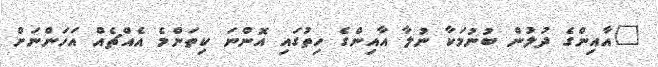
"އާއިންގެ ދުލުން ބުނުމަކާ ނުލާ އާއިންގެ ހިތުގައި އޮންނަ ކިތަންމެ އެއްޗެއް އަހަންނަށް